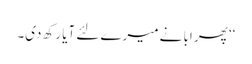
‘‘ پھر ابا نے میرے لئے آیا رکھ دی۔